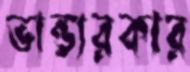
ভান্ডারকার